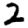
Digit: 2